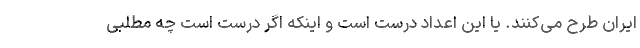
ایران طرح می‌کنند. یا این اعداد درست است و اینکه اگر درست است چه مطلبی